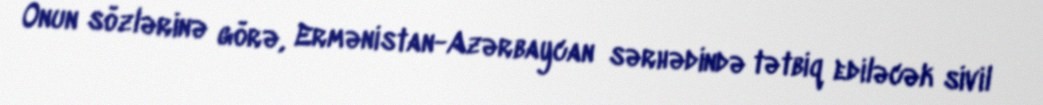
Onun sözlərinə görə, Ermənistan-Azərbaycan sərhədində tətbiq ediləcək sivil